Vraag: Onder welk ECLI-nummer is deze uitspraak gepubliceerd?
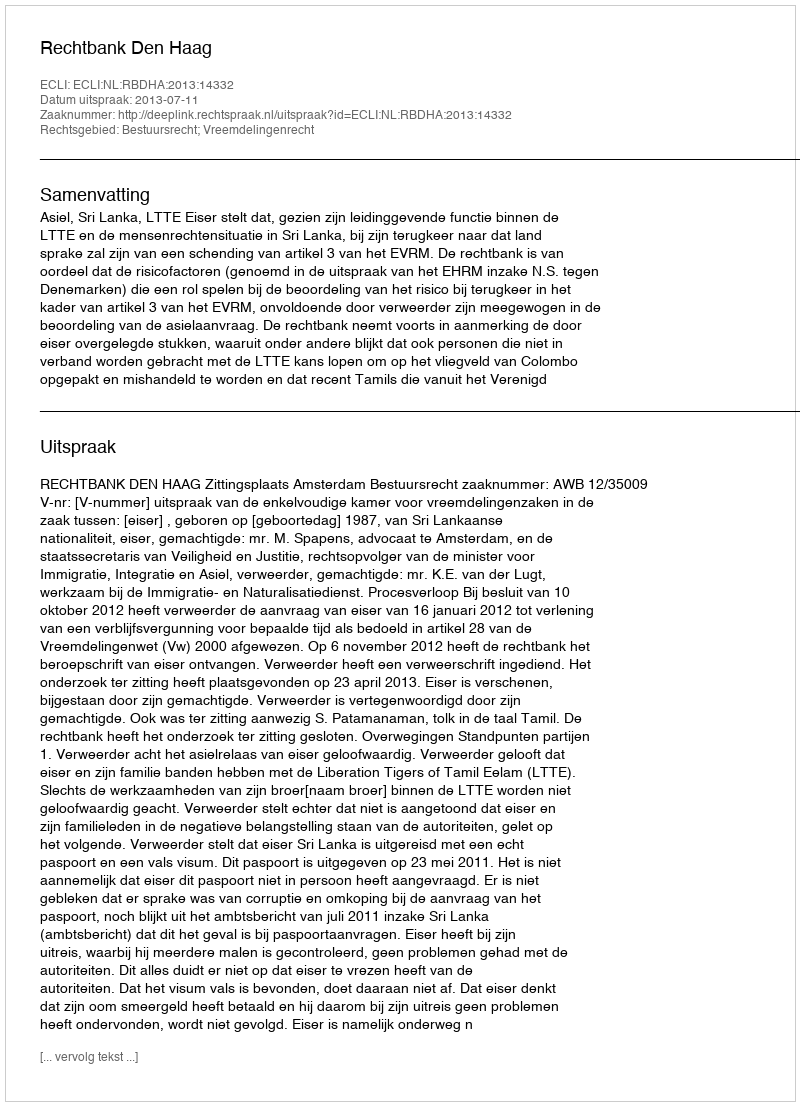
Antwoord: ECLI:NL:RBDHA:2013:14332